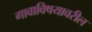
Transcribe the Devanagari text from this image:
गावाविषयावरील